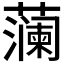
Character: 𮶹